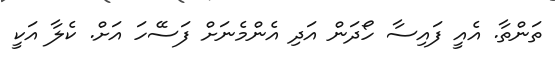
ތަންތާ. އެއީ ފައިސާ ހޯދަން އަދި އެންމެނަށް ފަސޭހަ އަށް. ކެލާ އަކީ